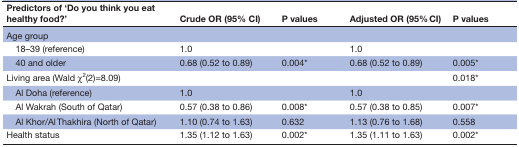
<table><thead><tr><td><b>Predictors of ‘Do you think you eat healthy food?’</b></td><td><b>Crude OR (95% CI)</b></td><td><b>P values</b></td><td><b>Adjusted OR (95% CI)</b></td><td><b>P values</b></td></tr></thead><tbody><tr><td>Age group</td><td></td><td></td><td></td><td></td></tr><tr><td> 18–39 (reference)</td><td>1.0</td><td></td><td>1.0</td><td></td></tr><tr><td> 40 and older</td><td>0.68 (0.52 to 0.89)</td><td>0.004*</td><td>0.68 (0.52 to 0.89)</td><td>0.005*</td></tr><tr><td>Living area (Wald χ<sup>2</sup>(2)=8.09)</td><td></td><td></td><td></td><td>0.018*</td></tr><tr><td> Al Doha (reference)</td><td>1.0</td><td></td><td>1.0</td><td></td></tr><tr><td> Al Wakrah (South of Qatar)</td><td>0.57 (0.38 to 0.86)</td><td>0.008*</td><td>0.57 (0.38 to 0.85)</td><td>0.007*</td></tr><tr><td> Al Khor/Al Thakhira (North of Qatar)</td><td>1.10 (0.74 to 1.63)</td><td>0.632</td><td>1.13 (0.76 to 1.68)</td><td>0.558</td></tr><tr><td>Health status</td><td>1.35 (1.12 to 1.63)</td><td>0.002*</td><td>1.35 (1.11 to 1.63)</td><td>0.002*</td></tr></tbody></table>